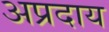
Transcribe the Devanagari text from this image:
अप्रदाय